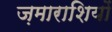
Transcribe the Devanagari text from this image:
ज़माराशियों